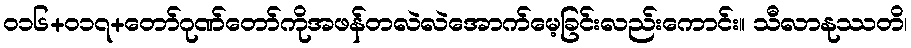
ဝ၁၆+၀၁၇+တော်ဂုဏ်တော်ကိုအဖန်တလဲလဲအောက်မေ့ခြင်းလည်းကောင်း။ သီလာနုဿတိ၊